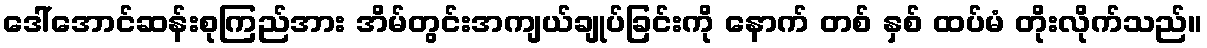
ဒေါ်အောင်ဆန်းစုကြည်အား အိမ်တွင်းအကျယ်ချုပ်ခြင်းကို နောက် တစ် နှစ် ထပ်မံ တိုးလိုက်သည်။